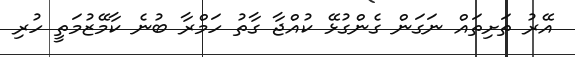
އޭރު ތަށިތައް ނަގަން ގެންގުޅޭ ކުއްޖާ ގާތު ހަމްރާ ބުނެ ކާމޭޒުމަތީ ހުރި